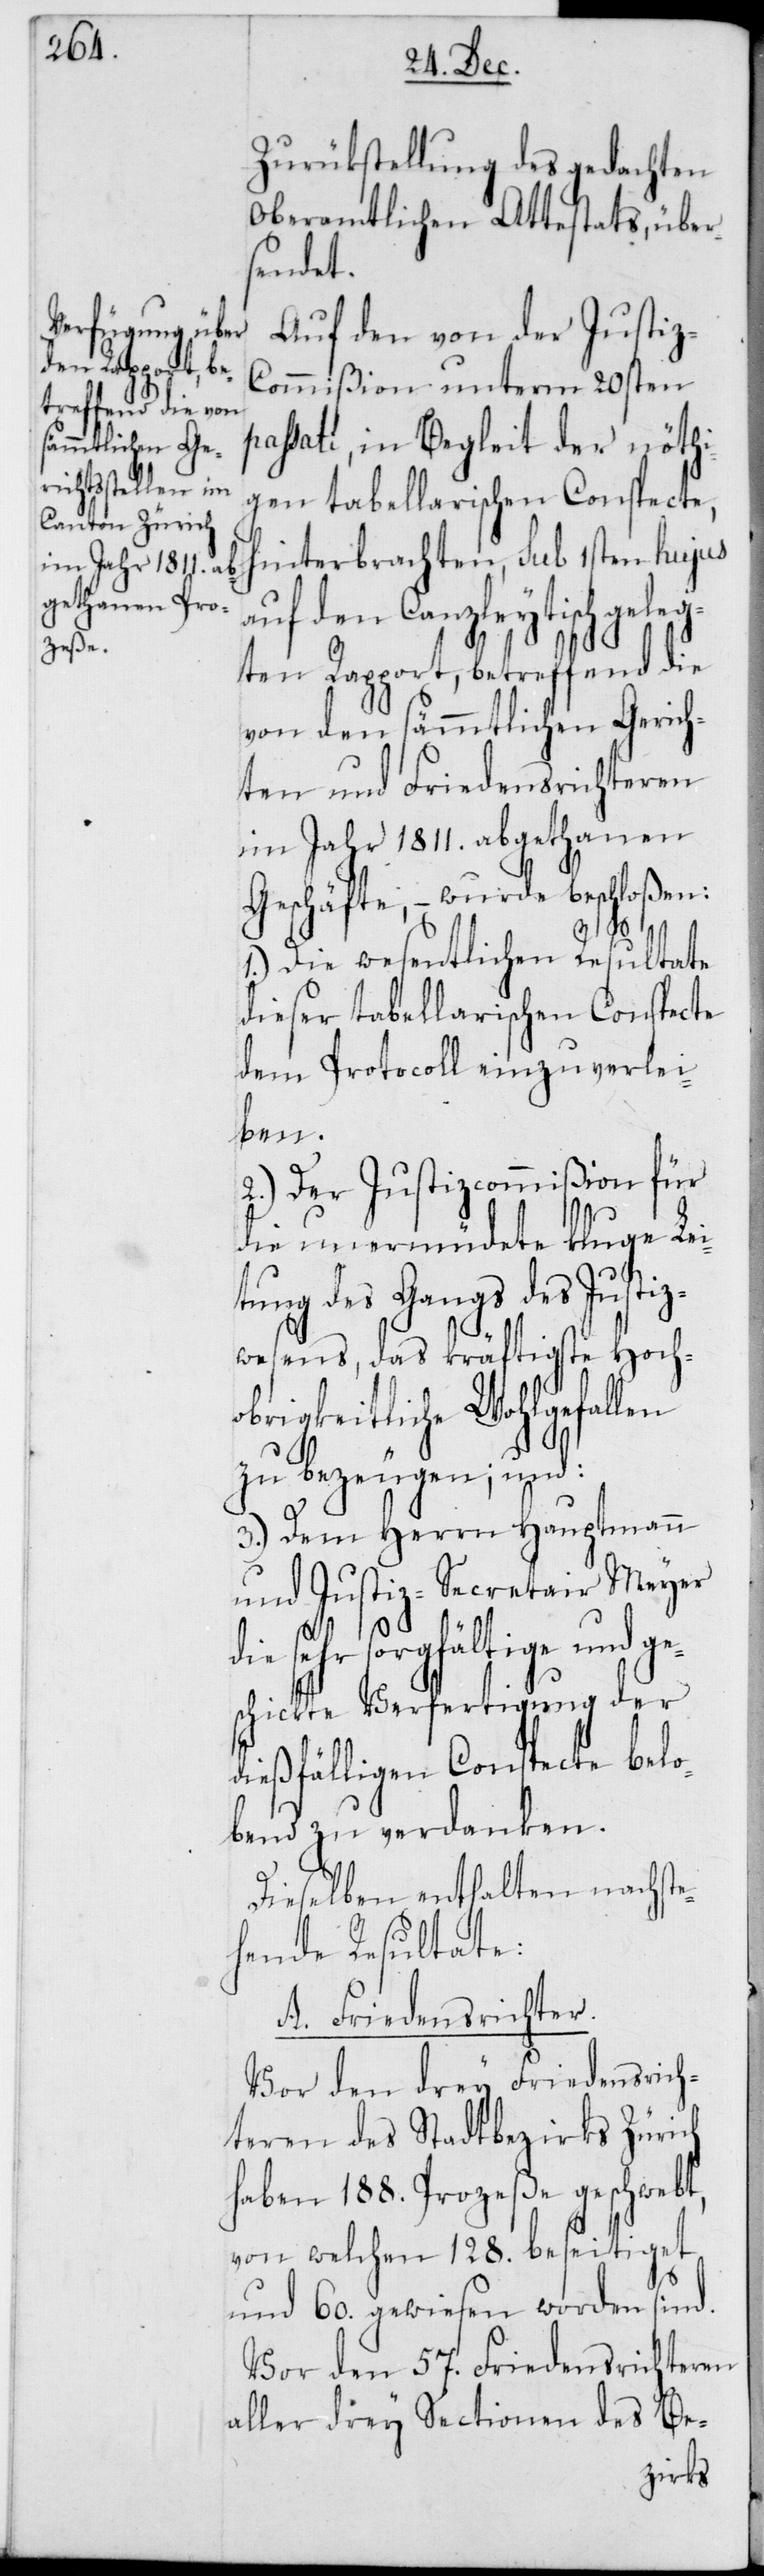
Zurückstellung des gedachten
Oberamtliches Attestats, über¬
sendet.
Auf den von der Justi¬
z-Commißion unterm 20sten
passati, in Begleit der nöthi¬
gen tabellarischen Conspecte,
hinterbrachten, sub 1sten hujus
auf den Canzleytisch geleg¬
ten Rapport, betreffend die
von den sämmtlichen Gerich¬
ten und Friedensrichteren
im Jahr 1811. abgethanen
Geschäfte, – wurde beschloßen:
1.) Die wesentlichen Resultate
dieser tabellarischen Conspecte
dem Protocoll einzuverlei¬
ben.
2.) Der Justizcommißion für
die unermüdete kluge Le¬
tung des Gangs des Justiz¬
wesens, das kräftigste Hoch¬
obrigkeitliche Wohlgefallen
zu bezeugen; und:
3.) Dem Herrn Hauptmann
und Justiz-Secretair Meyer
sehr sorgfältige und ge¬
schickte Verfertigung der
dießfälligen Conspecte belo¬
bend zu verdanken.
Dieselben enthalten nachste¬
hende Resultate:
A. Friedensrichter.
Vor den drey Friedensrich¬
teren des Stadtbezirks Zürich
haben 188. Prozeße geschwebt,
von welchen 128. beseitiget
und 60. gewiesen worden sind.
Vor den 57. Friedensrichteren
aller drey Sectionen des Be-
is¬